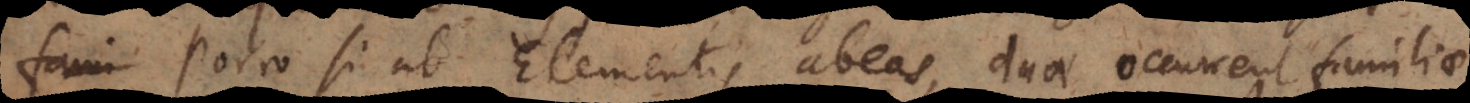
Porro si ab Elementis abeas, duae occurrent familiae